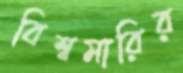
বিশ্বমারির